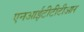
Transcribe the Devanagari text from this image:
एनआईटीटीटीआर